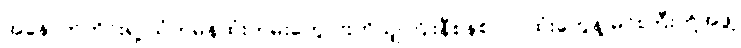
အနောက်တိုင်းရဲ့ သံတမန်ထုံးတမ်းတွေ၊ ဗြိတိသျှကြိုးနီစနစ်လုပ်ထုံးတွေနဲ့ မင်းကြီးတို့အဖွဲ့